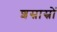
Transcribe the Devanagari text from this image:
शस्रास्रों